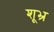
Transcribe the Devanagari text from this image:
शूभ्र